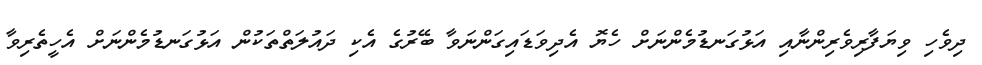
ދިވެހި ވިޔަފާރިވެރިންނާއި އަޅުގަނޑުމެންނަށް ހެޔޮ އެދިވަޑައިގަންނަވާ ބޭރުގެ އެކި ދައުލަތްތަކުން އަޅުގަނޑުމެންނަށް އެހީތެރިވާ